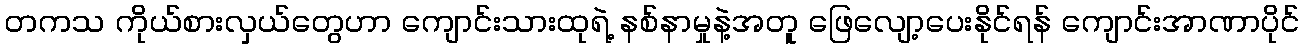
တကသ ကိုယ်စားလှယ်တွေဟာ ကျောင်းသားထုရဲ့ နစ်နာမှုနဲ့အတူ ဖြေလျော့ပေးနိုင်ရန် ကျောင်းအာဏာပိုင်